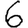
Digit: 6